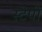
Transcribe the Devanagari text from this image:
स्टेपो